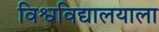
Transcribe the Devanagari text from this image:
विश्वविद्यालयाला